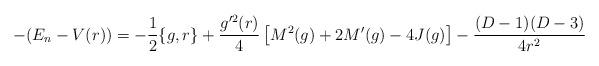
LaTeX: \begin{align*}-(E_n-V(r))=-\frac{1}{2}\{g,r\}+\frac{g^{\prime2}(r)}{4}\left[M^{2}(g)+2M^{\prime}(g)-4J(g)\right]-\frac{(D-1)(D-3)}{4r^2}\end{align*}